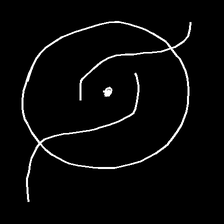
Glyph: repetition